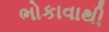
ભોકાવાથી